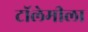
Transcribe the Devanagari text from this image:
टॉलेमीला